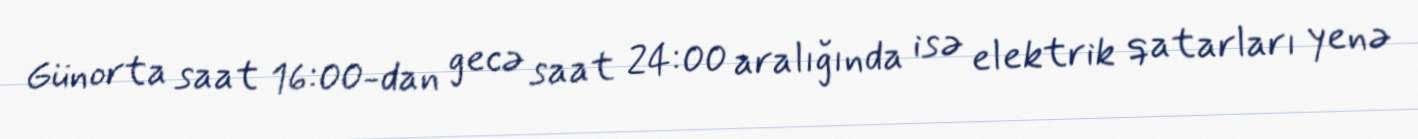
Günorta saat 16:00-dan gecə saat 24:00 aralığında isə elektrik qatarları yenə